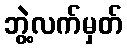
ဘွဲ့လက်မှတ်